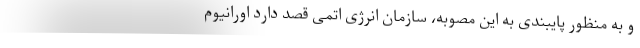
و به منظور پایبندی به این مصوبه، سازمان انرژی اتمی قصد دارد اورانیوم